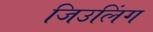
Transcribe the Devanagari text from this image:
जिउलिंग